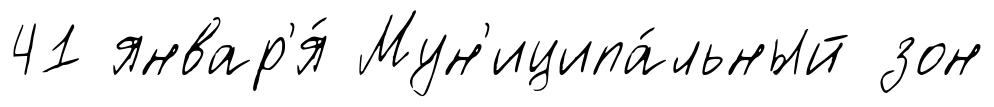
41 январ'я́ Мун'иципа́льный зон